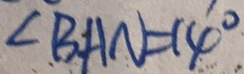
\angle B A N = 1 4 ^ { \circ }